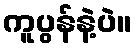
ကူပွန်နဲ့ပဲ။